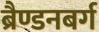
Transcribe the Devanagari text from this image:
ब्रैण्डनबर्ग